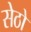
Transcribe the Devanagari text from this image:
सेठो